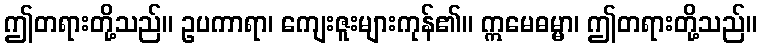
ဤတရားတို့သည်။ ဥပကာရာ၊ ကျေးဇူးများကုန်၏။ ဣမေဓမ္မာ၊ ဤတရားတို့သည်။